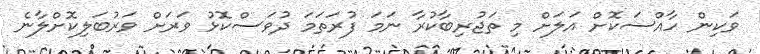
ވަކިން ހާއްސަކޮށް އަލަށް މި ތަޖުރިބާކުރާ ނަމަ ފުރަތަމަ ދުވަސްކޮޅު ވަރަށް ވަރުބަލިކޮށްލާނެ